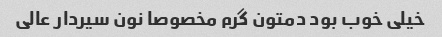
خیلی خوب بود دمتون گرم مخصوصا نون سیردار عالی